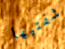
شفتيها